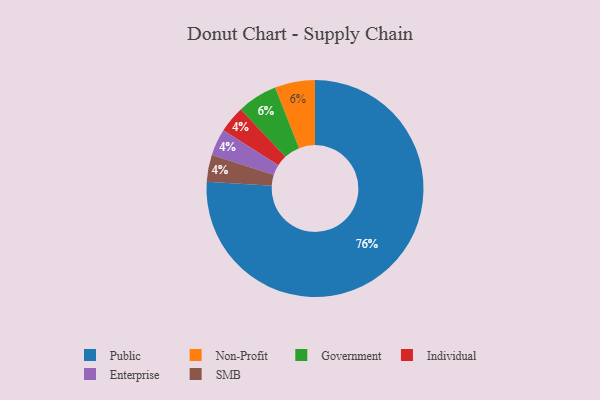
{"axis": {"x": "Category", "y": "Percentage"}, "legend": ["Enterprise", "Government", "Individual", "Non-Profit", "Public", "SMB"], "data": [{"x": "Individual", "y": 4, "type": "Individual"}, {"x": "Non-Profit", "y": 6, "type": "Non-Profit"}, {"x": "Government", "y": 6, "type": "Government"}, {"x": "Enterprise", "y": 4, "type": "Enterprise"}, {"x": "SMB", "y": 4, "type": "SMB"}, {"x": "Public", "y": 76, "type": "Public"}]}